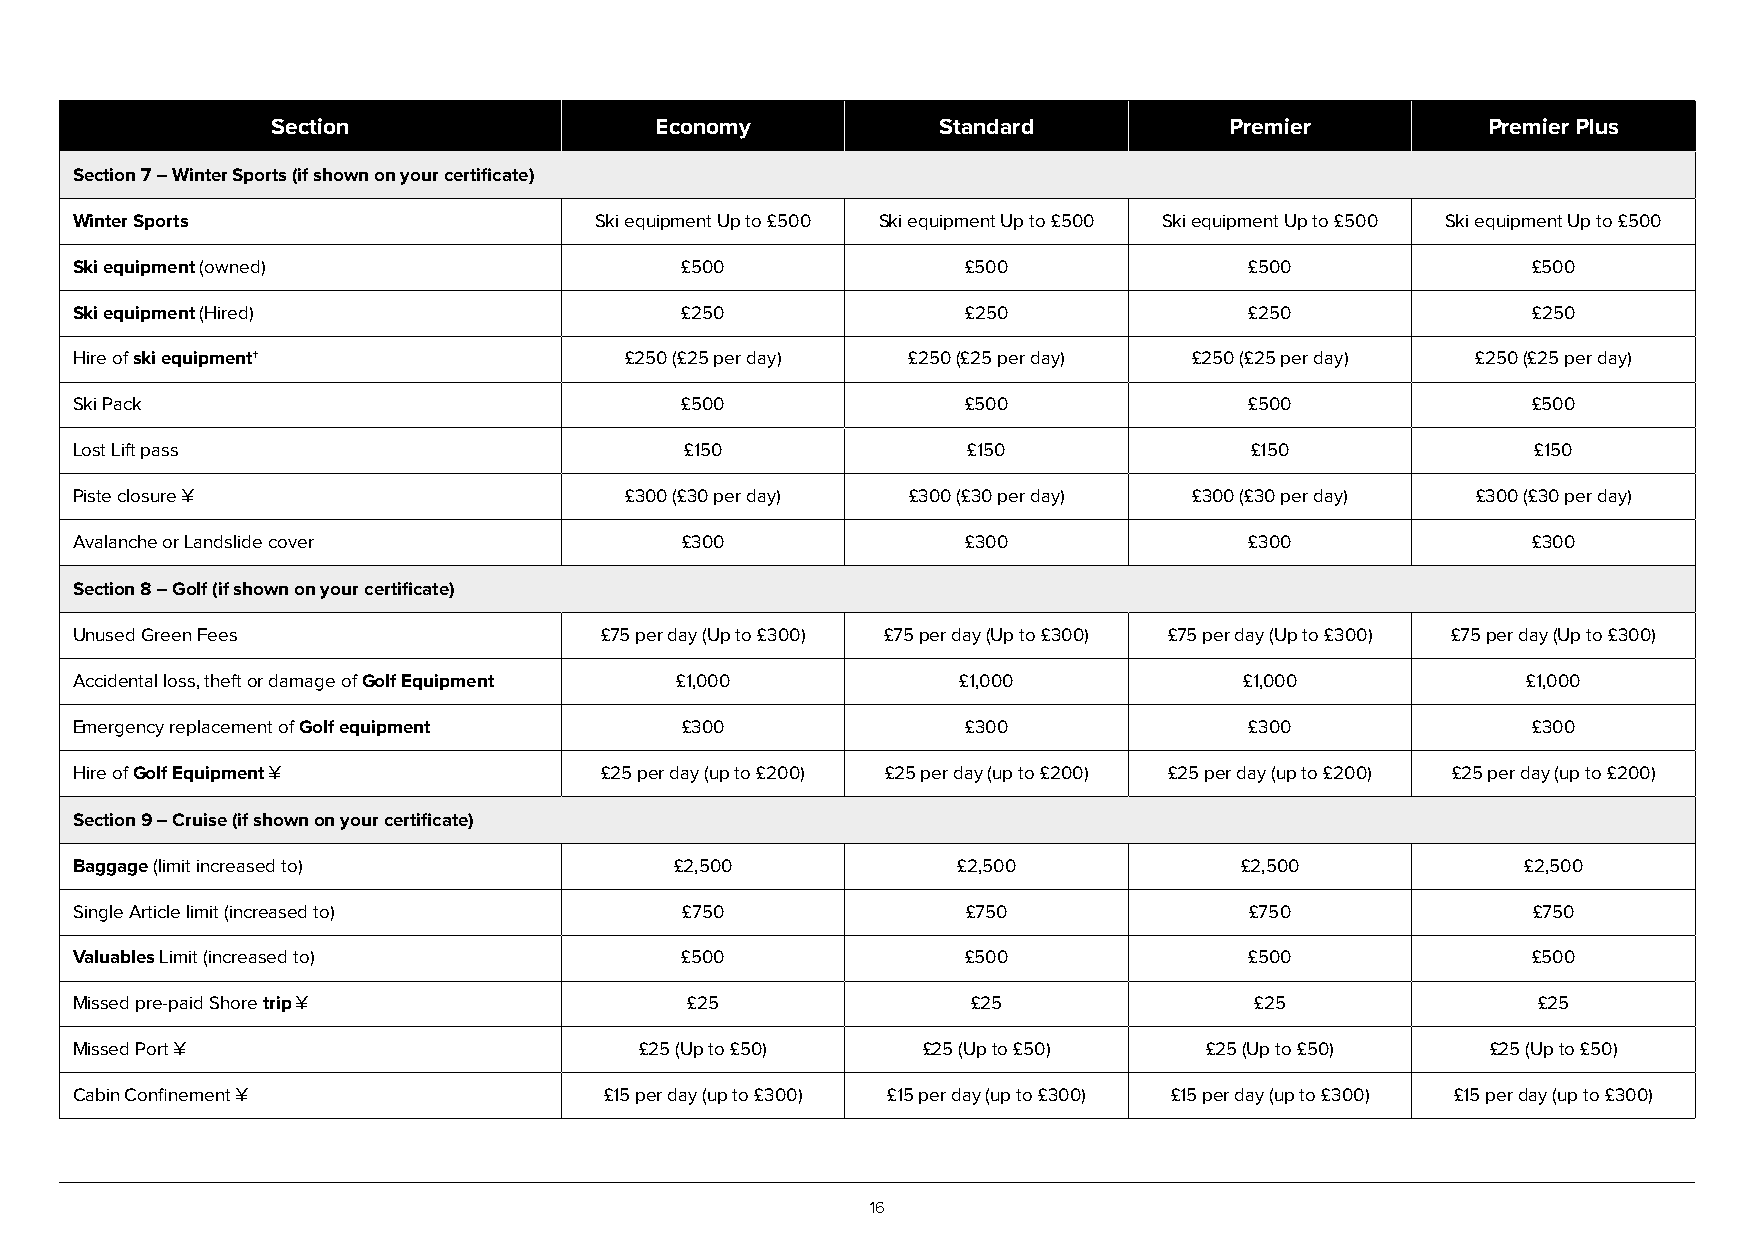
Section                  Economy            Standard           Premier          Premier Plus
 Section 7 – Winter Sports (if shown on your certificate)
 Winter Sports                     Ski equipment Up to £500 Ski equipment Up to £500 Ski equipment Up to £500 Ski equipment Up to £500
 Ski equipment (owned)                   £500               £500               £500              £500
 Ski equipment (Hired)                   £250               £250               £250              £250
 Hire of ski equipment†              £250 (£25 per day) £250 (£25 per day) £250 (£25 per day) £250 (£25 per day)
 Ski Pack                                £500               £500               £500              £500
 Lost Lift pass                          £150               £150               £150               £150
 Piste closure ¥                     £300 (£30 per day) £300 (£30 per day) £300 (£30 per day) £300 (£30 per day)
 Avalanche or Landslide cover            £300               £300               £300              £300
 Section 8 – Golf (if shown on your certificate)
 Unused Green Fees                  £75 per day (Up to £300) £75 per day (Up to £300) £75 per day (Up to £300) £75 per day (Up to £300)
 Accidental loss, theft or damage of Golf Equipment £1,000  £1,000            £1,000             £1,000
 Emergency replacement of Golf equipment £300               £300               £300              £300
 Hire of Golf Equipment ¥           £25 per day (up to £200) £25 per day (up to £200) £25 per day (up to £200) £25 per day (up to £200)
 Section 9 – Cruise (if shown on your certificate)
 Baggage (limit increased to)            £2,500            £2,500             £2,500             £2,500
 Single Article limit (increased to)     £750               £750               £750              £750
 Valuables Limit (increased to)          £500               £500               £500              £500
 Missed pre-paid Shore trip ¥            £25                £25                £25                £25
 Missed Port ¥                        £25 (Up to £50)    £25 (Up to £50)    £25 (Up to £50)    £25 (Up to £50)
 Cabin Confinement ¥                £15 per day (up to £300) £15 per day (up to £300) £15 per day (up to £300) £15 per day (up to £300)
 16